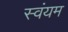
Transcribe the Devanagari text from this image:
स्‍वंयम